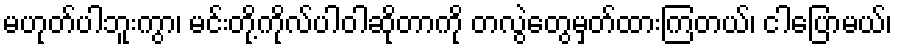
မဟုတ်ပါဘူးကွာ၊ မင်းတို့ကိုလ်ပါဝါဆိုတာကို တလွဲတွေမှတ်ထားကြတယ်၊ ငါပြောမယ်၊